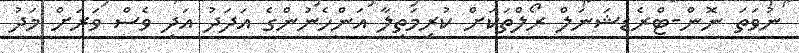
ނުވަތަ ނޮން-ޓްރެޑިޝަނަލް ރޯލްތަކަށް ކުރިމަތިލާ އަންހެނުންގެ އަދަދު އަދި ވެސް ވަރަށް މަދު